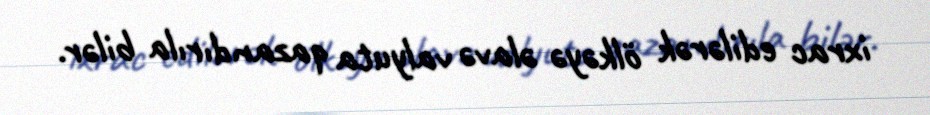
ixrac edilərək ölkəyə əlavə valyuta qazandırıla bilər.